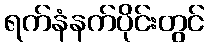
ရက်နံနက်ပိုင်းတွင်